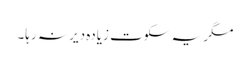
مگر یہ سکوت زیادہ دیر نہ رہا۔